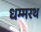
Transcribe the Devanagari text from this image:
धम्मरथ